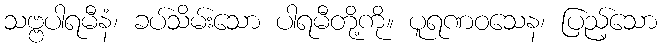
သဗ္ဗပါရမီနံ၊ ခပ်သိမ်းသော ပါရမီတို့ကို။ ပူရဏဝသေန၊ ပြည့်သော